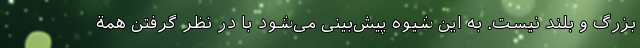
بزرگ و بلند نیست. به اين شيوه پیش‌بینی می‌شود با در نظر گرفتن همة